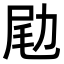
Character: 𠡨